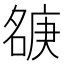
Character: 㗮